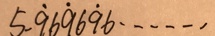
5 . \dot { 9 } 6 \dot { 9 } 6 \dot { 9 } 6 \cdots